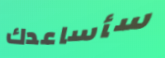
سأساعدك